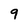
Character: 9